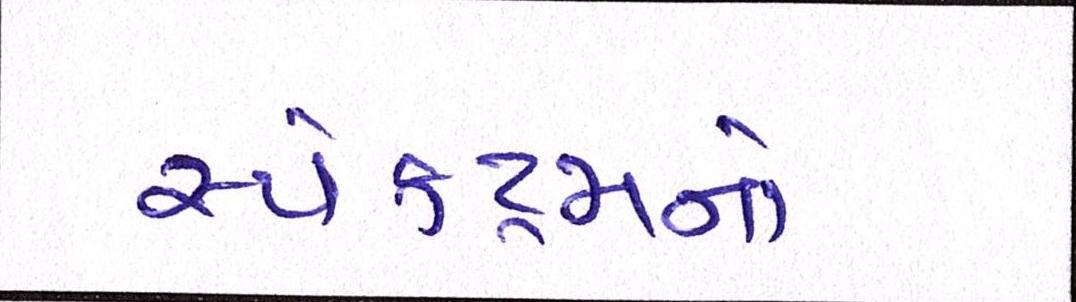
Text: સ્પેક્ટ્રમનો